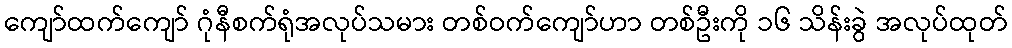
ကျော်ထက်ကျော် ဂုံနီစက်ရုံအလုပ်သမား တစ်ဝက်ကျော်ဟာ တစ်ဦးကို ၁၆ သိန်းခွဲ အလုပ်ထုတ်